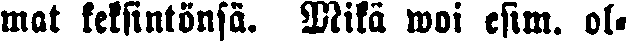
mat keksintönsä. Mikä woi esim. ol-